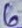
Text: 6